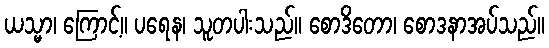
ယသ္မာ၊ ကြောင့်။ ပရေန၊ သူတပါးသည်။ စောဒိတော၊ စောဒနာအပ်သည်။